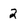
Character: 2